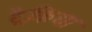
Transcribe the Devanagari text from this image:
ट्रैकिया